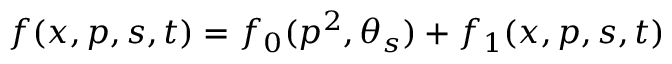
f ( x , p , s , t ) = f _ { 0 } ( p ^ { 2 } , \theta _ { s } ) + f _ { 1 } ( x , p , s , t )